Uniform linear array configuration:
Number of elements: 8
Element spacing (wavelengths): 0.75
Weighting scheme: uniform
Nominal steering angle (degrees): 45
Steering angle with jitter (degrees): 44.391
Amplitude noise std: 0.05
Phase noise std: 0.05

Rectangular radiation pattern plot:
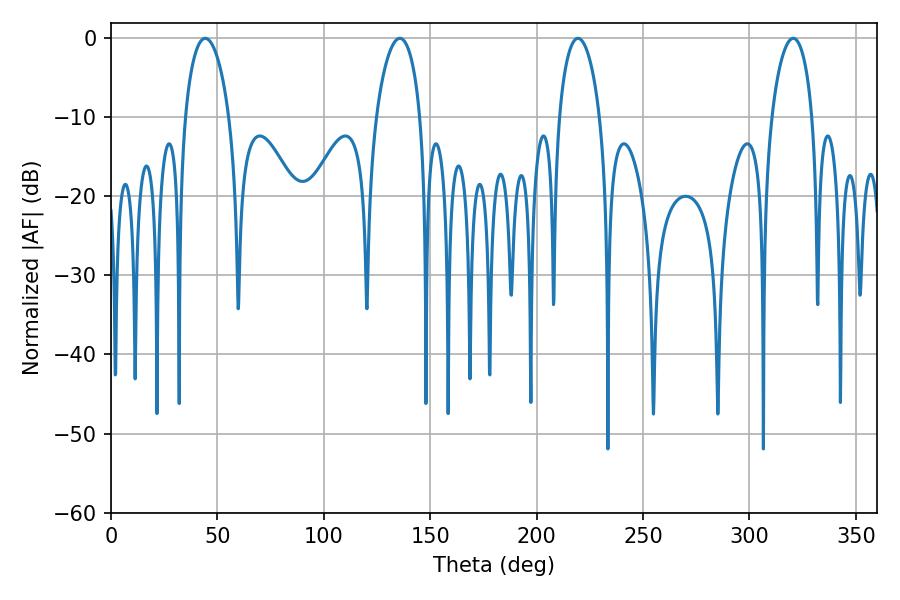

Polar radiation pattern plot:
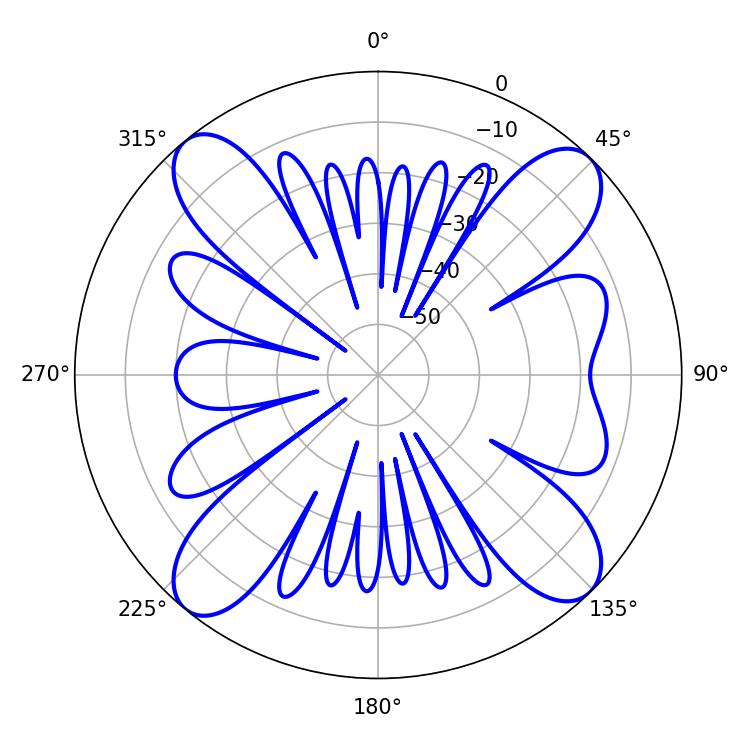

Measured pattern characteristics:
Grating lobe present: TRUE
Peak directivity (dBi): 14.923
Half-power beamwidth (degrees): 11.88
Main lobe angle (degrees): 44.28